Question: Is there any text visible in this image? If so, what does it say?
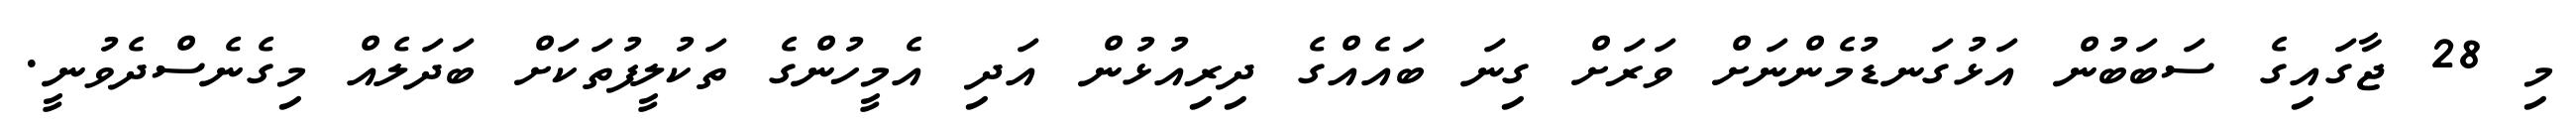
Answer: މި 28 ޖާގައިގެ ސަބަބުން އަޅުގަނޑުމެންނަށް ވަރަށް ގިނަ ބައެއްގެ ދިރިއުޅުން އަދި އެމީހުންގެ ތަކުލީފުތަކަށް ބަދަލެއް މިގެނެސްދެވުނީ.